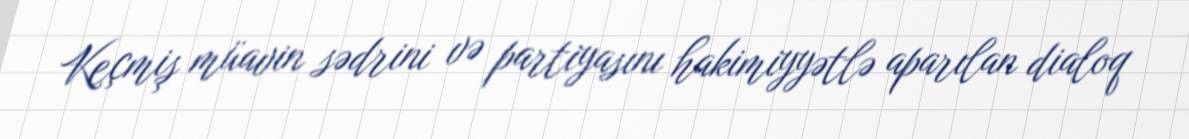
Keçmiş müavin sədrini və partiyasını hakimiyyətlə aparılan dialoq